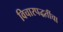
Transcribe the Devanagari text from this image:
विचारपद्धतींचा